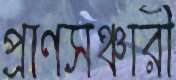
প্রাণসঞ্চারী